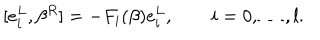
LaTeX: [ e _ { i } ^ { L } , \beta ^ { R } ] = - F _ { i } ( \beta ) e _ { i } ^ { L } , \quad \quad i = 0 , \ldots , l .